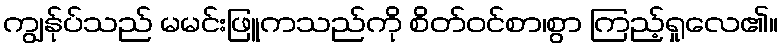
ကျွန်ုပ်သည် မမင်းဖြူကသည်ကို စိတ်ဝင်စာ၊စွာ ကြည့်ရှုလေ၏။